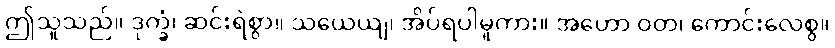
ဤသူသည်။ ဒုက္ခံ၊ ဆင်းရဲစွာ။ သယေယျ၊ အိပ်ရပါမူကား။ အဟော ဝတ၊ ကောင်းလေစွ။